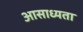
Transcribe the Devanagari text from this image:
आसाध्यता